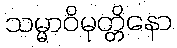
သမ္မာဝိမုတ္တိနော